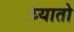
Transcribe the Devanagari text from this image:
ध्यातो